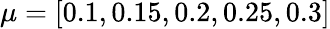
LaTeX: \mu=[0.1,0.15,0.2,0.25,0.3]